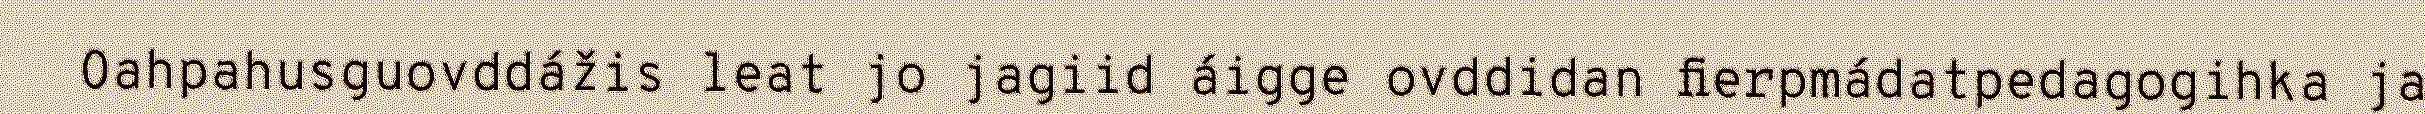
Oahpahusguovddážis leat jo jagiid áigge ovddidan fierpmádatpedagogihka ja